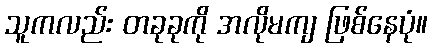
သူကလည်း တခုခုကို အလိုမကျ ဖြစ်နေပုံ။